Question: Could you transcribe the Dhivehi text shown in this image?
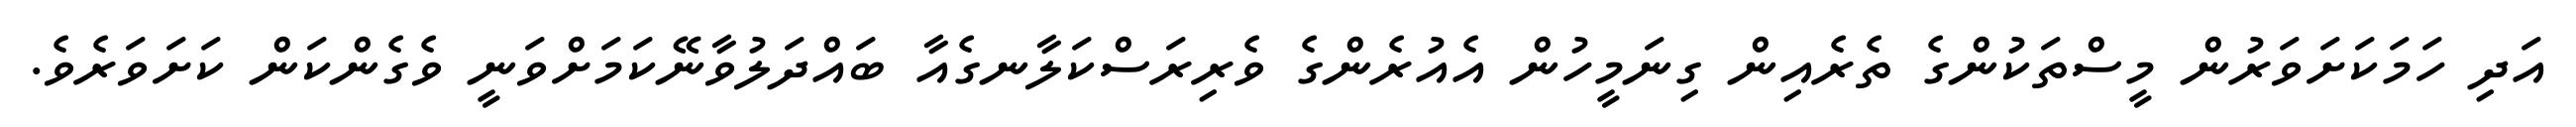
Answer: އަދި ހަމަކަށަވަރުން މީސްތަކުންގެ ތެރެއިން ގިނަމީހުން އެއުރެންގެ ވެރިރަސްކަލާނގެއާ ބައްދަލުވާނޭކަމަށްވަނީ ވެގެންކަން ކަށަވަރެވެ.